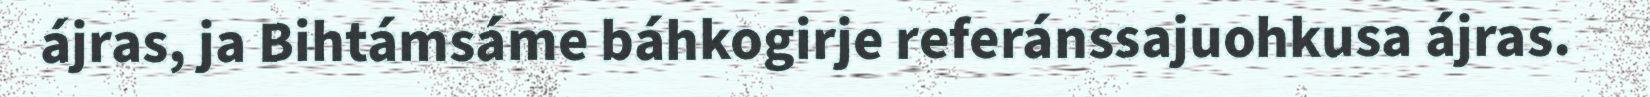
ájras, ja Bihtámsáme báhkogirje referánssajuohkusa ájras.